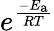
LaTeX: e^{\frac{-E_{\mathrm{{a}}}}{RT}}